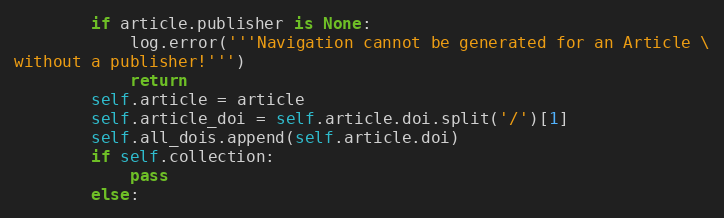
Language: Python
        if article.publisher is None:
            log.error('''Navigation cannot be generated for an Article \
without a publisher!''')
            return
        self.article = article
        self.article_doi = self.article.doi.split('/')[1]
        self.all_dois.append(self.article.doi)
        if self.collection:
            pass
        else: